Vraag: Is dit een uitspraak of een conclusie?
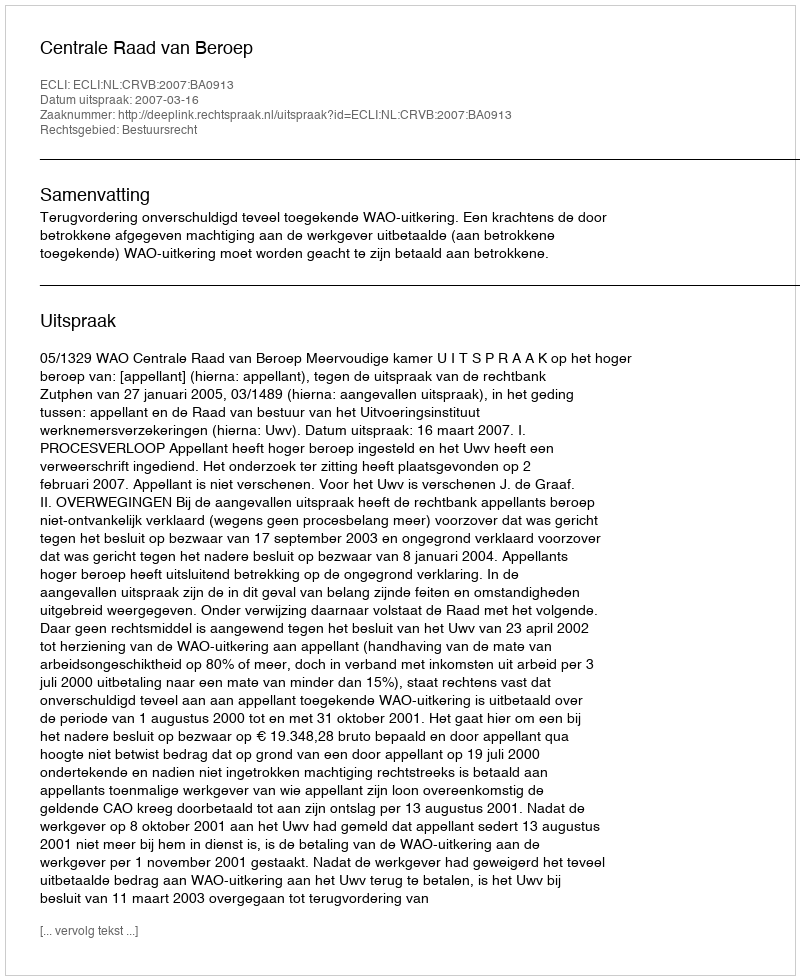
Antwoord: Uitspraak